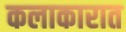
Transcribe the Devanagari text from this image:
कलाकारात